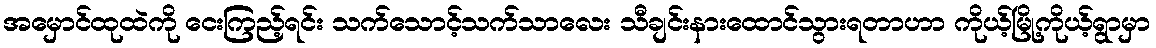
အမှောင်ထုထဲကို ငေးကြည့်ရင်း သက်သောင့်သက်သာလေး သီချင်းနားထောင်သွားရတာဟာ ကိုယ့်မြို့ကိုယ့်ရွာမှာ